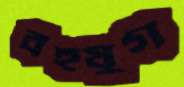
বহুযুগ